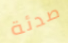
صدئة